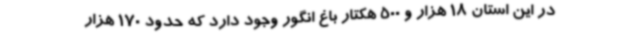
در این استان 18 هزار و 500 هکتار باغ انگور وجود دارد که حدود 170 هزار